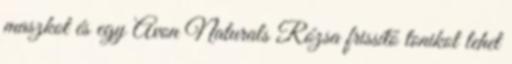
maszkot és egy Avon Naturals Rózsa frissítő tonikot lehet